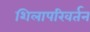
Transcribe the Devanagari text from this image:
शिलापरिवर्तन